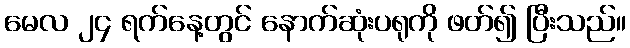
မေလ ၂၄ ရက်နေ့တွင် နောက်ဆုံးပရုကို ဖတ်၍ ပြီးသည်။